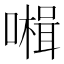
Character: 𡀞